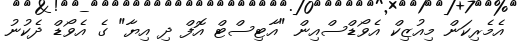
އެމެރިކަން މިއުޒިކް އެވޯޑްސްއިން "އާޓިސްޓް އޮފް ދި އިޔާ" ގެ އެވޯޑް ދެކުނު